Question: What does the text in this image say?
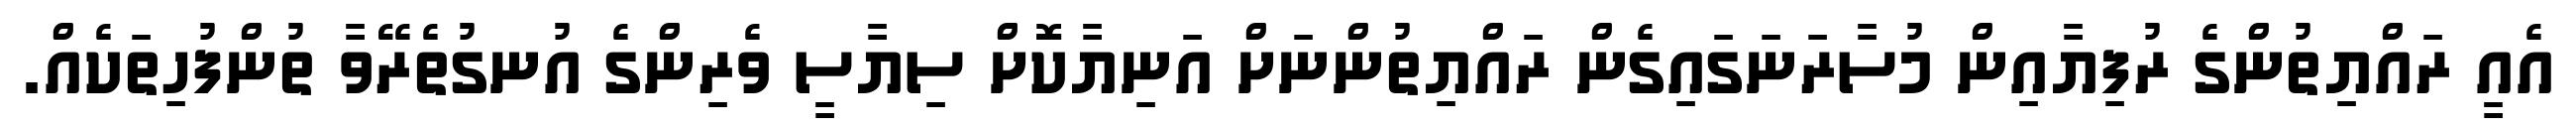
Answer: އެއީ ރައްޔިތުންގެ ރުފިޔާއިން މުސާރަނަގައިގެން ރައްޔިތުންނަށް އަނިޔާކޮށް ސިޔާސީ ވެރިންގެ އުނގުތެރޭވާ ތުންފުހިތަކެއް.